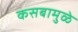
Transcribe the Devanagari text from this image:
कसबामुळे